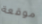
موقعة